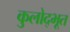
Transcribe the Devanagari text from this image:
कुलोद्भूत